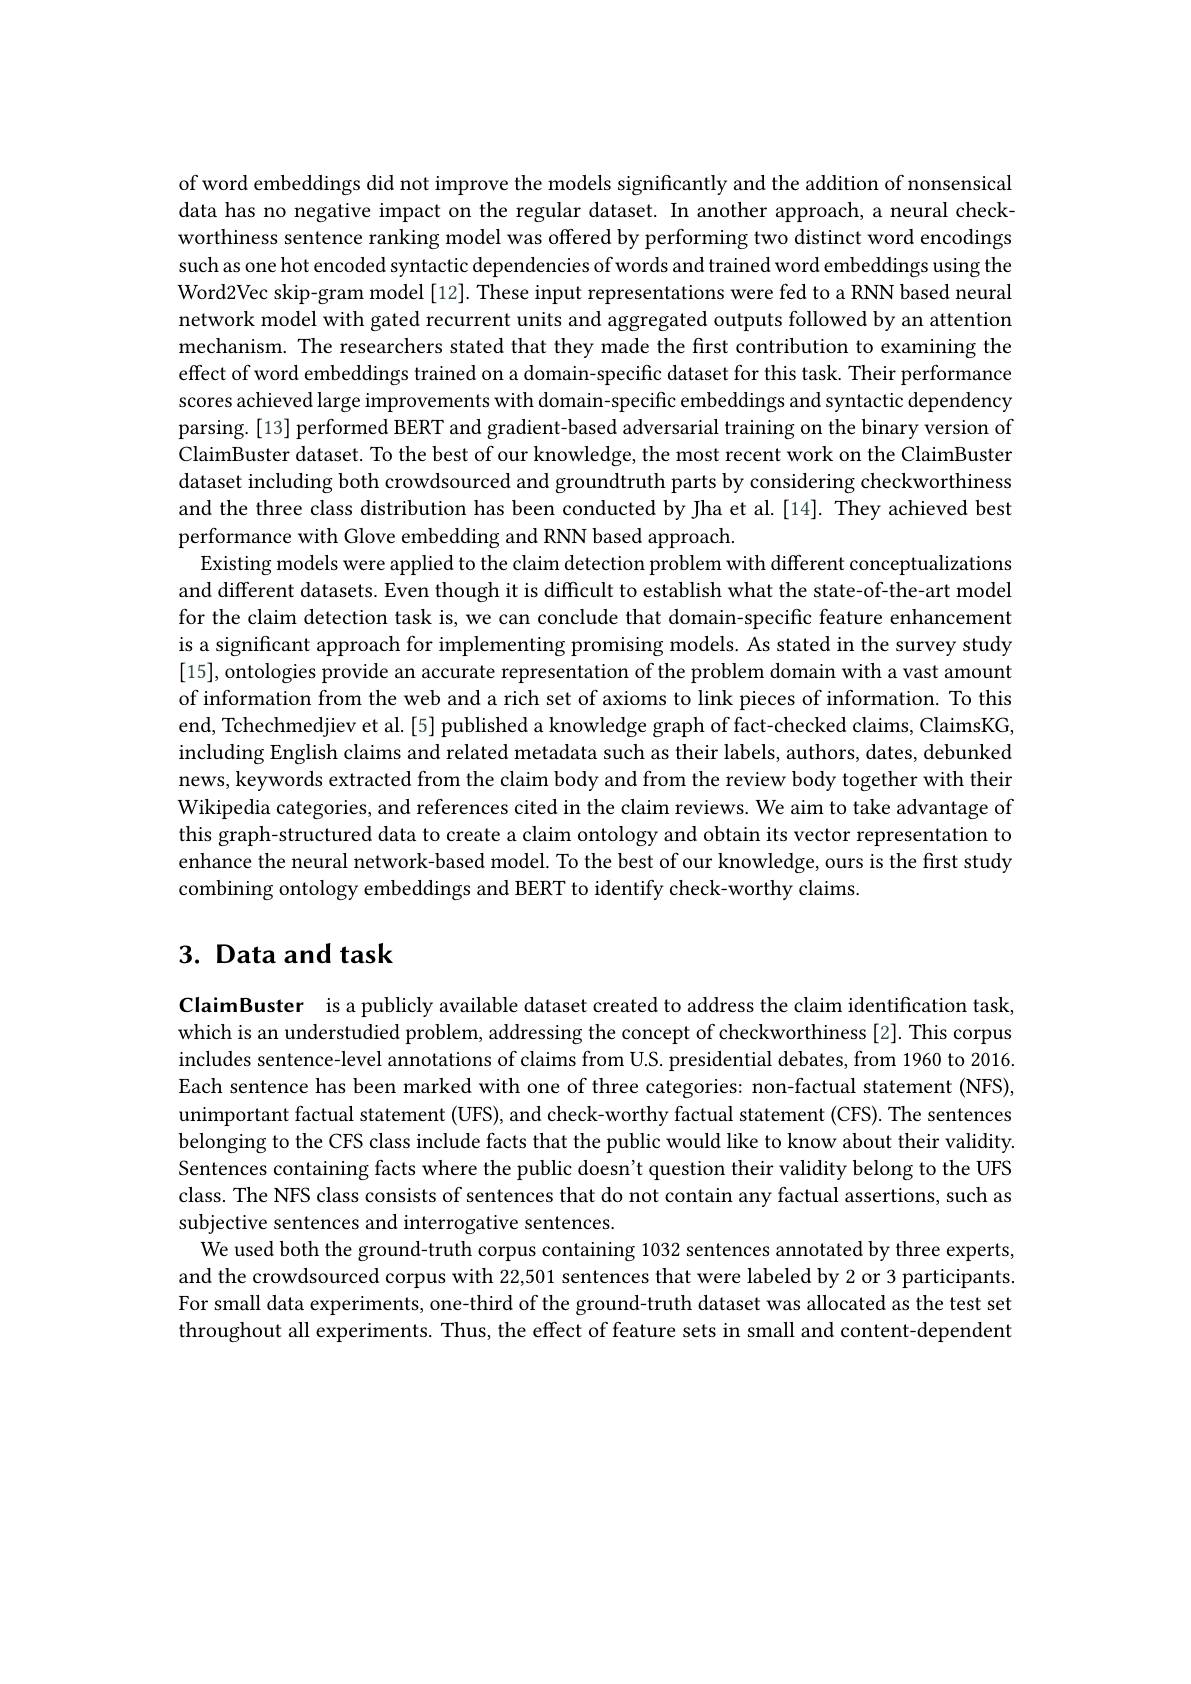
of word embeddings did not improve the models significantly and the addition of nonsensical data has no negative impact on the regular dataset. In another approach, a neural checkworthiness sentence ranking model was offered by performing two distinct word encodings such as one hot encoded syntactic dependencies of words and trained word embeddings using the Word2Vec skip-gram model[12]. These input representations were fed to a RNN based neural network model with gated recurrent units and aggregated outputs followed by an attention mechanism. The researchers stated that they made the first contribution to examining the effect of word embeddings trained on a domain-specific dataset for this task. Their performance $s$cores achieved large improvements with domain-specific embeddings and syntactic dependency parsing.[13] performed BERT and gradient-based adversarial training on the binary version of ClaimBuster dataset. To the best of our knowledge, the most recent work on the ClaimBusten dataset including both crowdsourced and groundtruth parts by considering checkworthiness and the three class distribution has been conducted by Jha et al.[14]. They achieved best performance with Glove embedding and RNN based approach.
Existing models were applied to the claim detection problem with different conceptualizations and different datasets. Even though it is difficult to establish what the state-of-the-art model for the claim detection task is, we can conclude that domain-specific feature enhancement is a significant approach for implementing promising models. As stated in the survey study [15], ontologies provide an accurate representation of the problem domain with a vast amount of information from the web and a rich set of axioms to link pieces of information. To this end, Tchechmedjiev et al. [5] published a knowledge graph of fact-checked claims, ClaimsKG, including English claims and related metadata such as their labels, authors, dates, debunked news, keywords extracted from the claim body and from the review body together with their Wikipedia categories, and references cited in the claim reviews. We aim to take advantage of this graph-structured data to create a claim ontology and obtain its vector representation to enhance the neural network-based model. To the best of our knowledge, ours is the first study combining ontology embeddings and BERT to identify check-worthy claims

# 3. Data and task

ClaimBuster is a publicly available dataset created to address the claim identification task, which is an understudied problem, addressing the concept of checkworthiness[2]. This corpus includes sentence-level annotations of claims from U.S. presidential debates, from 1960 to 2016 Each sentence has been marked with one of three categories: non-factual statement (NFS), unimportant factual statement (UFS), and check-worthy factual statement (CFS). The sentences belonging to the CFS class include facts that the public would like to know about their validity. Sentences containing facts where the public doesn't question their validity belong to the UFS class. The NFS class consists of sentences that do not contain any factual assertions, such as subjective sentences and interrogative sentences.
We used both the ground-truth corpus containing 1032 sentences annotated by three experts, and the crowdsourced corpus with 22,501 sentences that were labeled by 2 or 3 participants. For small data experiments, one-third of the ground-truth dataset was allocated as the test set throughout all experiments. Thus, the effect of feature sets in small and content-dependent